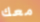
معك